Indian journal of veterinary science and animal husbandry - Volume 2,
Year: 1932
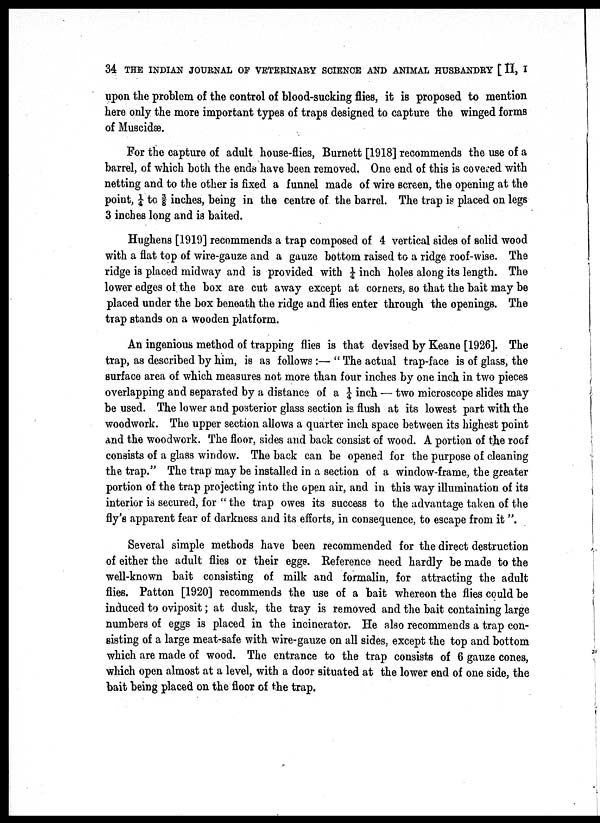
34 THE INDIAN JOURNAL OF VETERINARY SCIENCE AND ANIMAL HUSBANDRY [ II, I
upon the problem of the control of blood-sucking flies, it is proposed to mention
here only the more important types of traps designed to capture the winged forms
of Muscidæ.
For the capture of adult house-flies, Burnett [1918] recommends the use of a
barrel, of which both the ends have been removed. One end of this is covered with
netting and to the other is fixed a funnel made of wire screen, the opening at the
point, ¼ to ⅜ inches, being in the centre of the barrel. The trap is placed on legs
3 inches long and is baited.
Hughens [1919] recommends a trap composed of 4 vertical sides of solid wood
with a flat top of wire-gauze and a gauze bottom raised to a ridge roof-wise. The
ridge is placed midway and is provided with ¼ inch holes along its length. The
lower edges of the box are cut away except at corners, so that the bait may be
placed under the box beneath the ridge and flies enter through the openings. The
trap stands on a wooden platform.
An ingenious method of trapping flies is that devised by Keane [1926]. The
trap, as described by him, is as follows :— " The actual trap-face is of glass, the
surface area of which measures not more than four inches by one inch in two pieces
overlapping and separated by a distance of a ¼ inch — two microscope slides may
be used. The lower and posterior glass section is flush at its lowest part with the
woodwork. The upper section allows a quarter inch space between its highest point
and the woodwork. The floor, sides and back consist of wood. A portion of the roof
consists of a glass window. The back can be opened for the purpose of cleaning
the trap." The trap may be installed in a section of a window-frame, the greater
portion of the trap projecting into the open air, and in this way illumination of its
interior is secured, for " the trap owes its success to the advantage taken of the
fly's apparent fear of darkness and its efforts, in consequence, to escape from it".
Several simple methods have been recommended for the direct destruction
of either the adult flies or their eggs. Reference need hardly be made to the
well-known bait consisting of milk and formalin, for attracting the adult
flies. Patton [1920] recommends the use of a bait whereon the flies could be
induced to oviposit; at dusk, the tray is removed and the bait containing large
numbers of eggs is placed in the incinerator. He also recommends a trap con
sisting of a large meat-safe with wire-gauze on all sides, except the top and bottom
which are made of wood. The entrance to the trap consists of 6 gauze cones,
which open almost at a level, with a door situated at the lower end of one side, the
bait being placed on the floor of the trap.